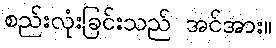
စည်းလုံးခြင်းသည် အင်အား။